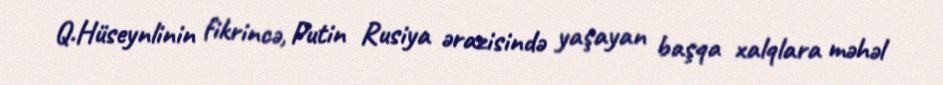
Q.Hüseynlinin fikrincə, Putin Rusiya ərazisində yaşayan başqa xalqlara məhəl